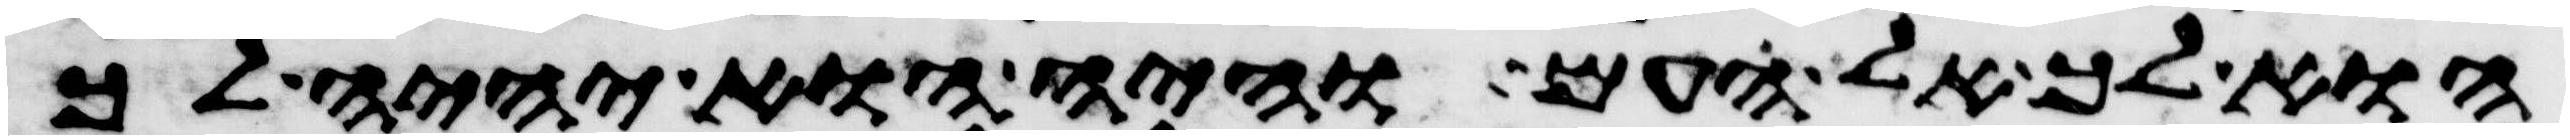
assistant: הוא לך אל העם והיה הוא יהיה לך